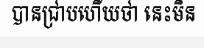
បានជ្រាបហើយថា នេះមិន